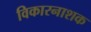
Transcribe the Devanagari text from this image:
विकारनाशक